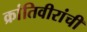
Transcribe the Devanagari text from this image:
क्रांतिवीरांची